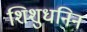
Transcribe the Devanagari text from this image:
शिशुधनिन